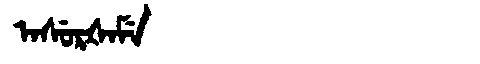
Manchu: ᠠᠰᡠᡵᡧᠠᠮᡝ
Romanization: ASURŠAME